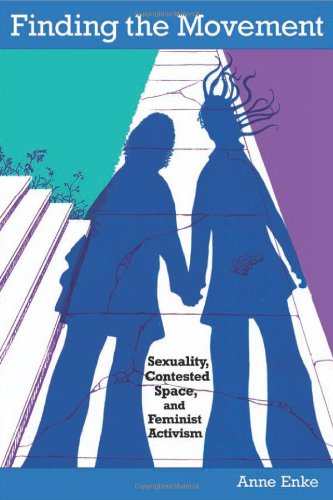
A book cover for Finding the Movement: Sexuality, Contested Space, and Feminist Activism (Radical Perspectives); Anne Enke; Gay & Lesbian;